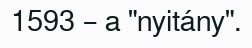
1593 – a "nyitány".